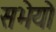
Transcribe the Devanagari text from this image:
सभेयो